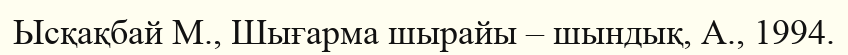
Ысқақбай М., Шығарма шырайы – шындық, А., 1994.